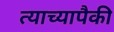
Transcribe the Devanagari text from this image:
त्याच्यापैकी